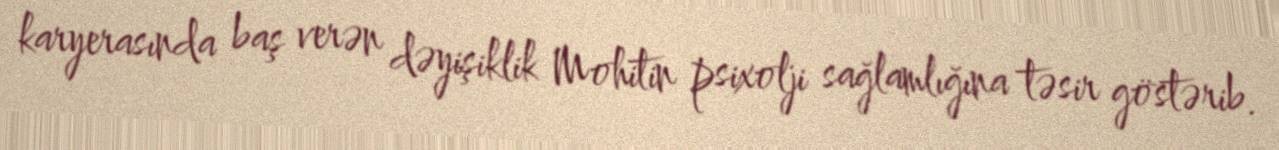
karyerasında baş verən dəyişiklik Mohitin psixolji sağlamlığına təsir göstərib.